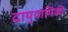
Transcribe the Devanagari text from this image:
द्रायुयामिकी